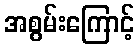
အစွမ်းကြောင့်